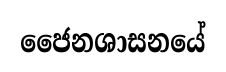
ජෛනශාසනයේ